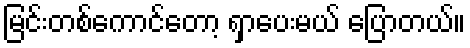
မြင်းတစ်ကောင်တော့ ရှာပေးမယ် ပြောတယ်။